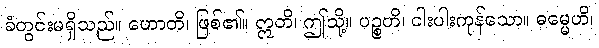
ခံတွင်းမရှိသည်။ ဟောတိ၊ ဖြစ်၏။ ဣတိ၊ ဤသို့။ ပဉ္စဟိ၊ ငါးပါးကုန်သော။ ဓမ္မေဟိ၊